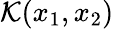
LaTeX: \mathcal{K}(x_{1},x_{2})